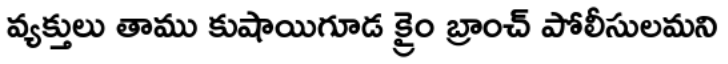
వ్యక్తులు తాము కుషాయిగూడ క్రైం బ్రాంచ్ పోలీసులమని